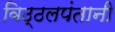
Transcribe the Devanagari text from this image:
विठ्ठलपंतानी